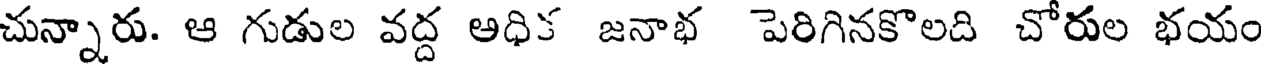
చున్నారు. ఆ గుడుల వద్ద అధిక జనాభ పెరిగినకొలది చోరుల భయం